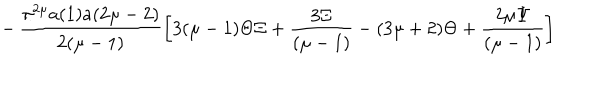
- \, \frac { \pi ^ { 2 \mu } a ( 1 ) a ( 2 \mu - 2 ) } { 2 ( \mu - 1 ) } \left[ 3 ( \mu - 1 ) \Theta \Xi + \frac { 3 \Xi } { ( \mu - 1 ) } - ( 3 \mu + 2 ) \Theta + \frac { 2 \mu \Psi } { ( \mu - 1 ) } \right]